Report on the working of the Ranchi Indian Mental Hospital, Kanke, in Bihar and Orissa - 1930-1940
Year: 1930
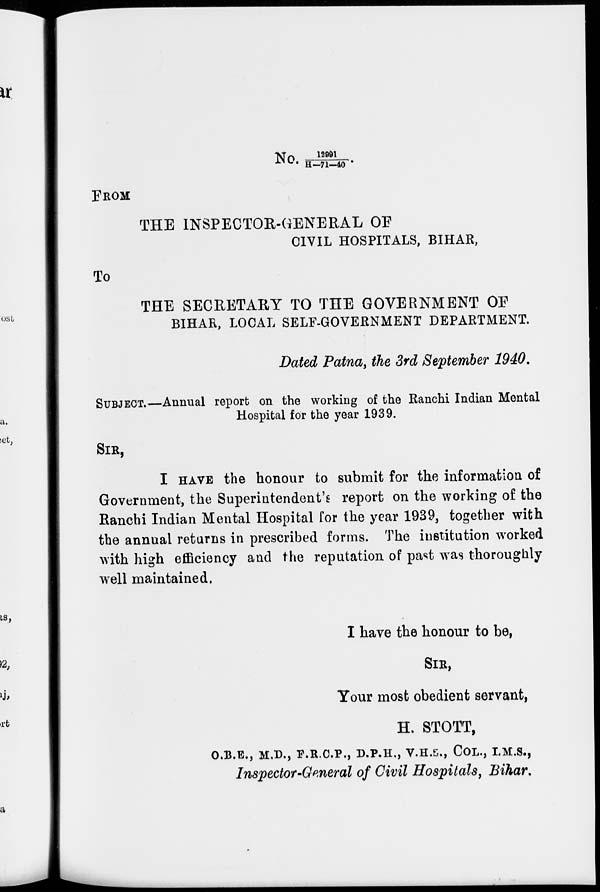
No. 12991/ H-71-40.
FROM
THE INSPECTOR-GENERAL OF
CIVIL HOSPITALS, BIHAR,
To
THE SECRETARY TO THE GOVERNMENT OF
BIHAR, LOCAL SELF-GOVERNMENT DEPARTMENT.
Dated Patna, the 3rd September 1940.
SUBJECT.—Annual report on the working of the Ranchi Indian Mental
Hospital for the year 1939.
SIR,
I HAVE the honour to submit for the information of
Government, the Superintendent's report on the working of the
Ranchi Indian Mental Hospital for the year 1939, together with
the annual returns in prescribed forms. The institution worked
with high efficiency and the reputation of past was thoroughly
well maintained.
I have the honour to be,
SIR,
Your most obedient servant,
H. STOTT,
O.B.E., M.D., F.R.C.P., D.P.H., V.H.S., COL., I.M.S.,
Inspector-General of Civil Hospitals, Bihar.